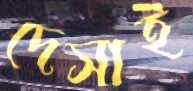
দেসাই